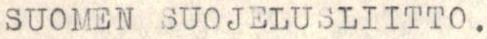
SUOMEN SUOJELUSLIITTO.